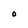
Character: O